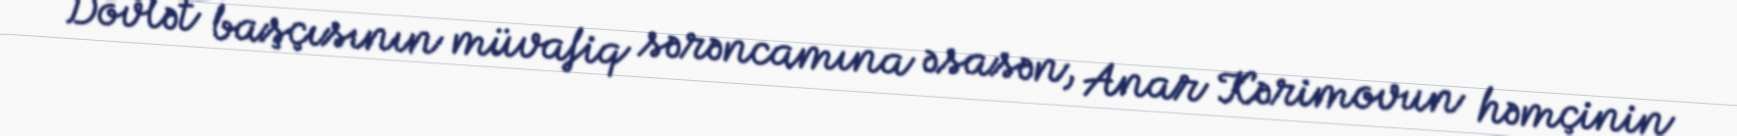
Dövlət başçısının müvafiq sərəncamına əsasən, Anar Kərimovun həmçinin